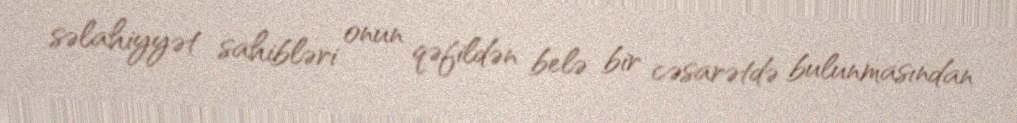
səlahiyyət sahibləri onun qəfildən belə bir cəsarətdə bulunmasından